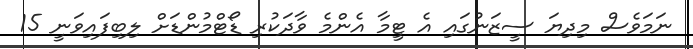
ނަމަވެސް މިދިޔަ ސީޒަނުގައި އެ ޓީމާ އެންމެ ވާދަކުރި ޑޯޓްމުންޑަށް ލިބިފައިވަނީ 15